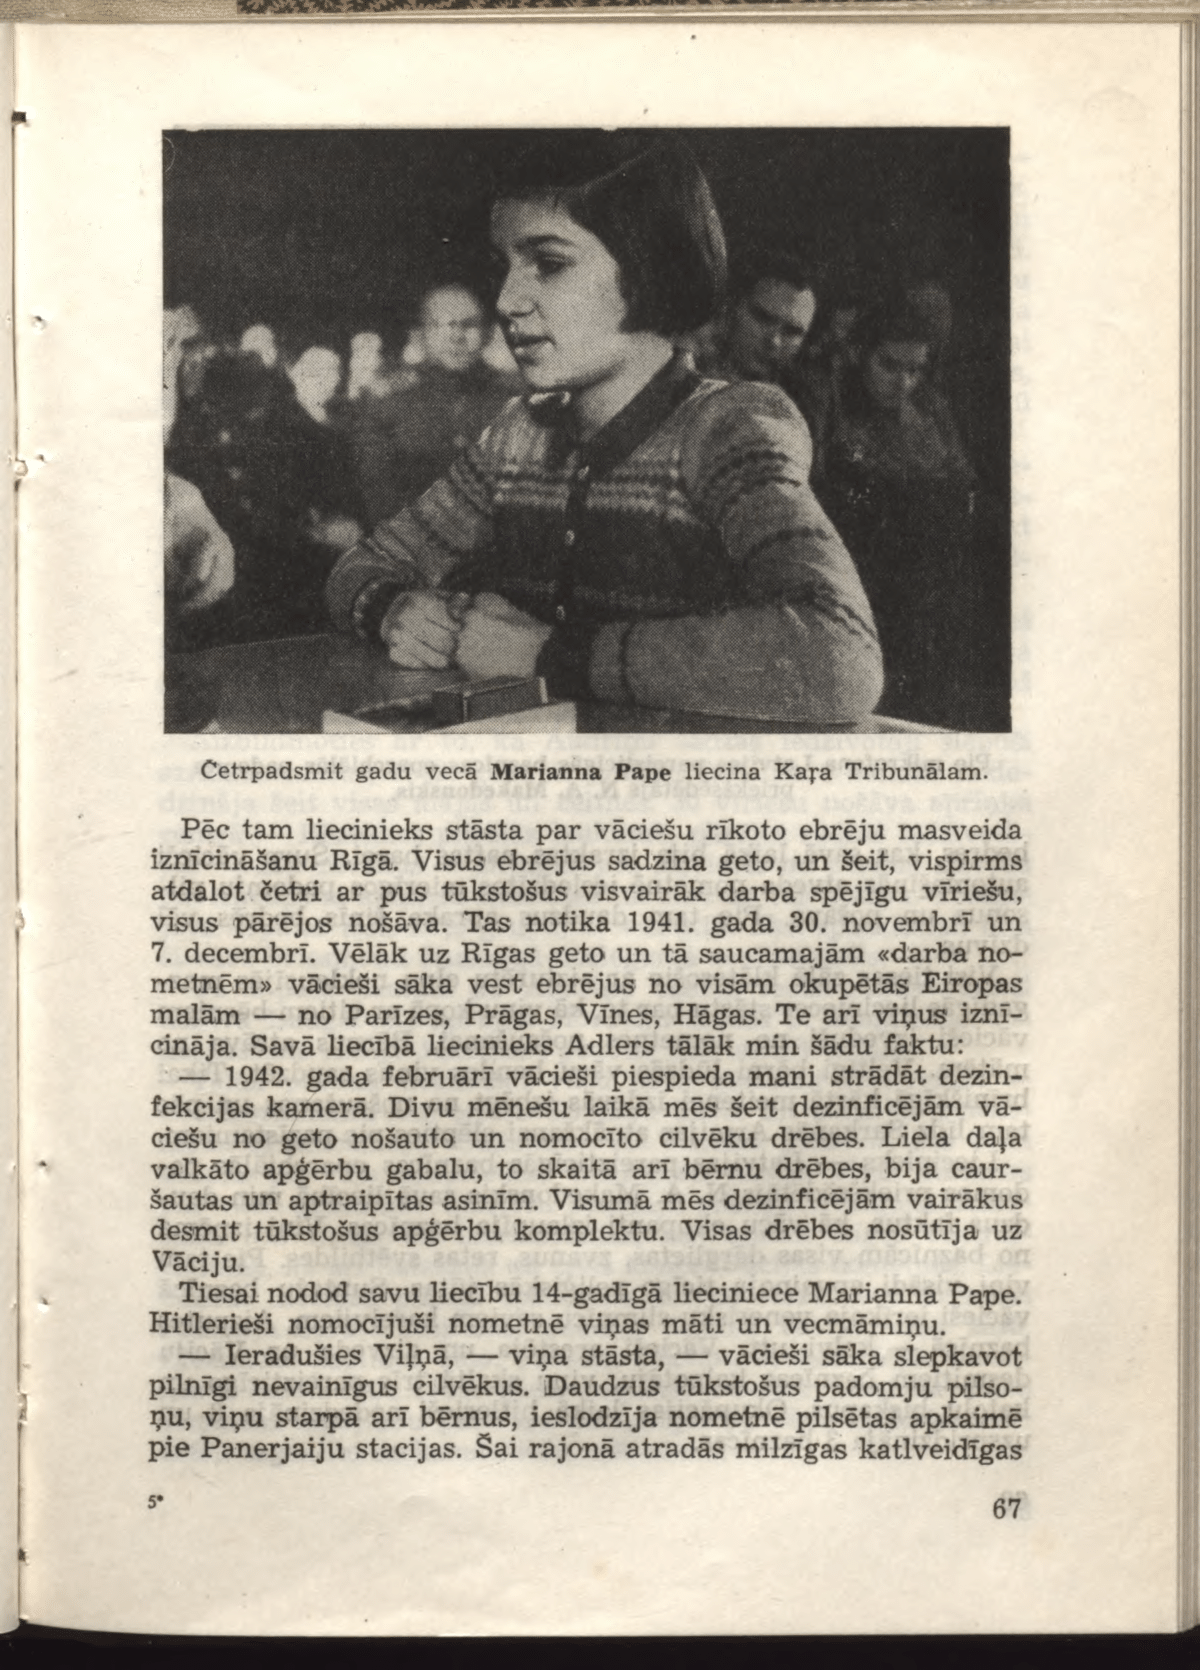
Language: lv